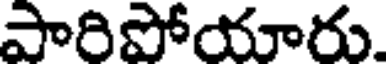
పారిపోయారు.